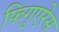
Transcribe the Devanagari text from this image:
फिगुएरेस